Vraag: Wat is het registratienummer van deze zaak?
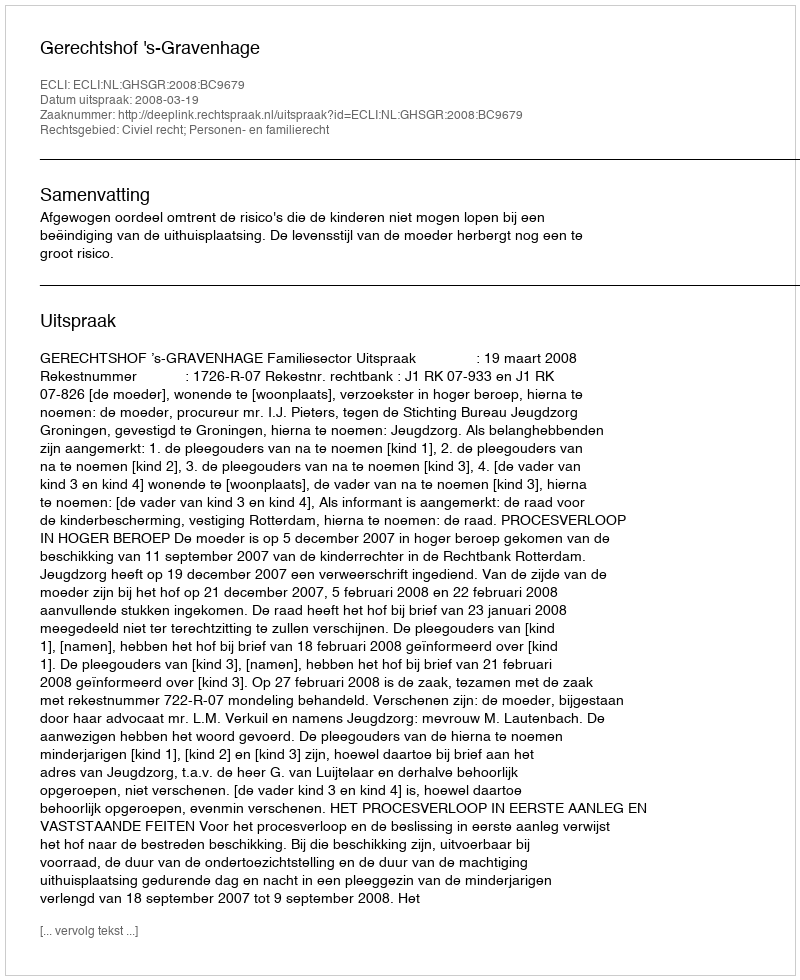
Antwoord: http://deeplink.rechtspraak.nl/uitspraak?id=ECLI:NL:GHSGR:2008:BC9679